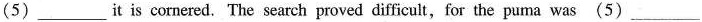
(5)___it is cornered. The search proved difficult, for the puma was(5)___